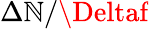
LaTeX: \Delta\mathbb{N}/\Deltaf